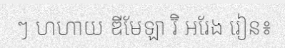
ៗ ហហាយ ឌីមែឡា រ៊ិ អរែង រៀន៖